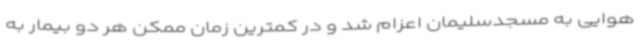
هوایی به مسجدسلیمان اعزام شد و در کمترین زمان ممکن هر دو بیمار به